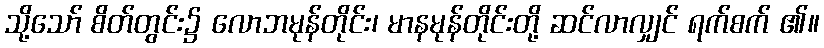
သို့သော် စိတ်တွင်း၌ လောဘမုန်တိုင်း၊ မာနမုန်တိုင်းတို့ ဆင်လာလျှင် ရက်စက် ၏။